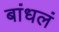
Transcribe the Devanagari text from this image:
बांधलं